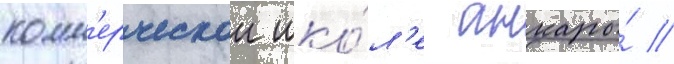
комм'ерческои шко́л'е анкары́ //